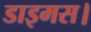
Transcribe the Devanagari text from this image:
डाइमस।